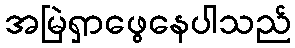
အမြဲရှာဖွေနေပါသည်